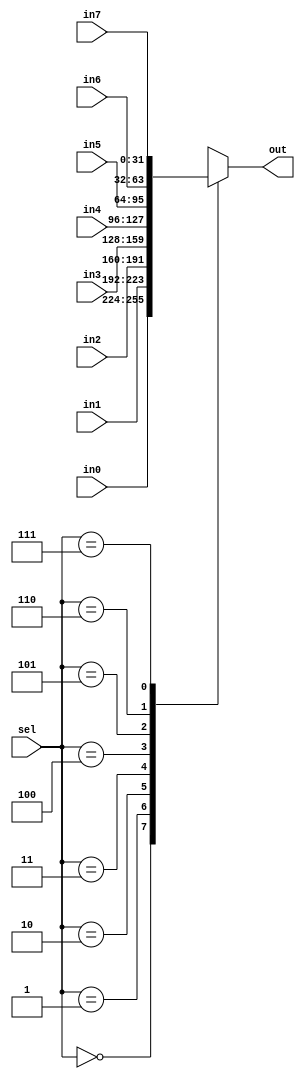
module mux_3_8 #(
    parameter WIDTH = 32
) (
    input [WIDTH-1:0] in0, in1, in2, in3, in4, in5, in6, in7,
    input[2:0] sel,
    output reg [WIDTH-1:0] out
);

    always @ (*) begin
		case(sel)
			3'b000: out = in0;
			3'b001: out = in1;
			3'b010: out = in2;
			3'b011: out = in3;
			3'b100: out = in4;
			3'b101: out = in5;
			3'b110: out = in6;
			3'b111: out = in7;
		endcase
	end
endmodule